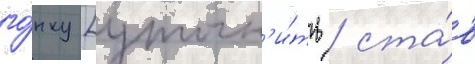
го́нку [уточн'и́ть / ста́в